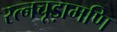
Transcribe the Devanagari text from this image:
रत्नचूड़ामणि